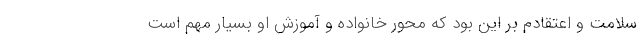
سلامت و اعتقادم بر این بود که محور خانواده و آموزش او بسیار مهم است